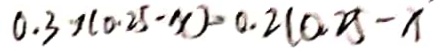
0 . 3 1 ( 0 . 2 5 - x ) > 0 . 2 ( 0 . 2 5 - x